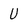
Character: U